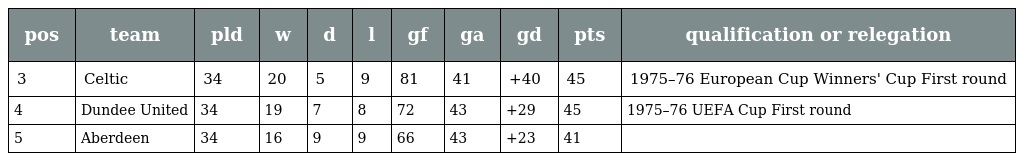
| pos | team | pld | w | d | l | gf | ga | gd | pts | qualification or relegation |
 | --- | --- | --- | --- | --- | --- | --- | --- | --- | --- | --- |
 | 3 | Celtic | 34 | 20 | 5 | 9 | 81 | 41 | +40 | 45 | 1975–76 European Cup Winners' Cup First round |
 | 4 | Dundee United | 34 | 19 | 7 | 8 | 72 | 43 | +29 | 45 | 1975–76 UEFA Cup First round |
 | 5 | Aberdeen | 34 | 16 | 9 | 9 | 66 | 43 | +23 | 41 |  |